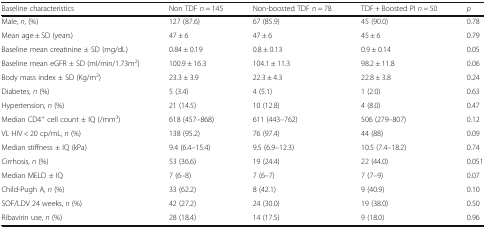
<table><thead><tr><td><b>Baseline characteristics</b></td><td><b>Non TDF <i>n</i> = 145</b></td><td><b>Non-boosted TDF <i>n</i> = 78</b></td><td><b>TDF + Boosted PI <i>n</i> = 50</b></td><td><b><i>p</i></b></td></tr></thead><tbody><tr><td>Male, <i>n</i>, (%)</td><td>127 (87.6)</td><td>67 (85.9)</td><td>45 (90.0)</td><td>0.78</td></tr><tr><td>Mean age ± SD (years)</td><td>47 ± 6</td><td>47 ± 6</td><td>45 ± 6</td><td>0.79</td></tr><tr><td>Baseline mean creatinine ± SD (mg/dL)</td><td>0.84 ± 0.19</td><td>0.8 ± 0.13</td><td>0.9 ± 0.14</td><td>0.05</td></tr><tr><td>Baseline mean eGFR ± SD (ml/min/1.73m<sup>2</sup>)</td><td>100.9 ± 16.3</td><td>104.1 ± 11.3</td><td>98.2 ± 11.8</td><td>0.06</td></tr><tr><td>Body mass index ± SD (Kg/m<sup>2</sup>)</td><td>23.3 ± 3.9</td><td>22.3 ± 4.3</td><td>22.8 ± 3.8</td><td>0.24</td></tr><tr><td>Diabetes,<i> n</i> (%)</td><td>5 (3.4)</td><td>4 (5.1)</td><td>1 (2.0)</td><td>0.63</td></tr><tr><td>Hypertension, <i>n</i> (%)</td><td>21 (14.5)</td><td>10 (12.8)</td><td>4 (8.0)</td><td>0.47</td></tr><tr><td>Median CD4<sup>+</sup> cell count ± IQ (/mm<sup>3</sup>)</td><td>618 (457–868)</td><td>611 (443–762)</td><td>506 (279–807)</td><td>0.12</td></tr><tr><td>VL HIV &lt; 20 cp/mL, <i>n</i> (%)</td><td>138 (95.2)</td><td>76 (97.4)</td><td>44 (88)</td><td>0.09</td></tr><tr><td>Median stiffness ± IQ (kPa)</td><td>9.4 (6.4–15.4)</td><td>9.5 (6.9–12.3)</td><td>10.5 (7.4–18.2)</td><td>0.74</td></tr><tr><td>Cirrhosis, <i>n</i> (%)</td><td>53 (36.6)</td><td>19 (24.4)</td><td>22 (44.0)</td><td>0.051</td></tr><tr><td>Median MELD ± IQ</td><td>7 (6–8)</td><td>7 (6–7)</td><td>7 (7–9)</td><td>0.07</td></tr><tr><td>Child-Pugh A,<i> n</i> (%)</td><td>33 (62.2)</td><td>8 (42.1)</td><td>9 (40.9)</td><td>0.10</td></tr><tr><td>SOF/LDV 24 weeks, <i>n </i>(%)</td><td>42 (27.2)</td><td>24 (30.0)</td><td>19 (38.0)</td><td>0.50</td></tr><tr><td>Ribavirin use,<i> n</i> (%)</td><td>28 (18.4)</td><td>14 (17.5)</td><td>9 (18.0)</td><td>0.96</td></tr></tbody></table>